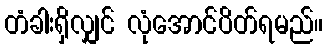
တံခါးရှိလျှင် လုံအောင်ပိတ်ရမည်။